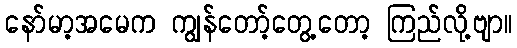
နော်မာ့အမေက ကျွန်တော့်တွေ့တော့ ကြည်လို့ဗျာ။